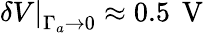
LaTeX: \left.\delta V\right\vert_{\Gamma_{a}\to 0}\approx 0.5\, \mathrm{~V~}